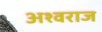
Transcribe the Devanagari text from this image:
अश्वराज